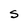
Character: S